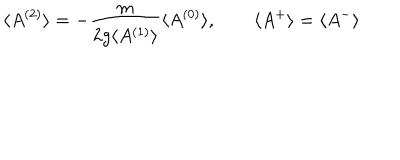
\langle A ^ { ( 2 ) } \rangle = - \frac { m } { 2 g \langle A ^ { ( 1 ) } \rangle } \langle A ^ { ( 0 ) } \rangle , \qquad \langle A ^ { + } \rangle = \langle A ^ { - } \rangle